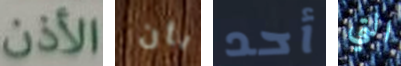
الأذن بأن أحد التي